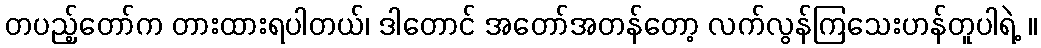
တပည့်တော်က တားထားရပါတယ်၊ ဒါတောင် အတော်အတန်တော့ လက်လွန်ကြသေးဟန်တူပါရဲ့ ။